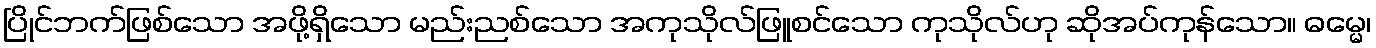
ပြိုင်ဘက်ဖြစ်သော အဖို့ရှိသော မည်းညစ်သော အကုသိုလ်ဖြူစင်သော ကုသိုလ်ဟု ဆိုအပ်ကုန်သော။ ဓမ္မေ၊